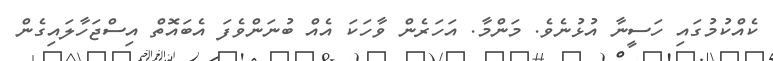
ކެއްކުމުގައި ހަސީނާ އުޅުނެވެ. މަންމާ. އަހަރެން ވާހަކަ އެއް ބުނަންވެފަ އެބައޮތް އިސްޖަހާލައިގެން